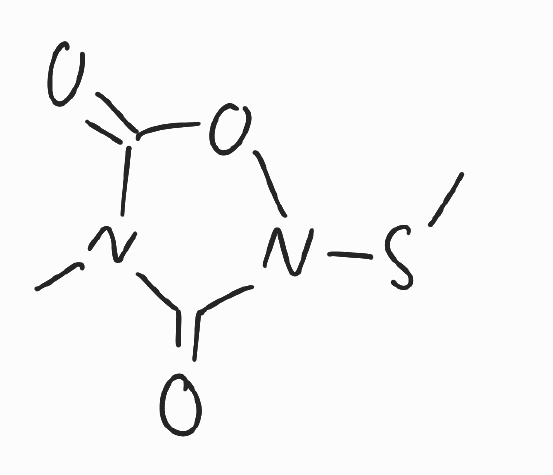
Simplified molecular-input line-entry system (SMILES) notation of the given molecule:
CN1C(=O)N(OC1=O)SC